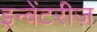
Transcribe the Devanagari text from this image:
इन्वेंटरीज़